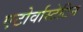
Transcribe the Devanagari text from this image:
एटोर्वास्टेटिन